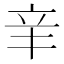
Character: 𨐌